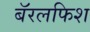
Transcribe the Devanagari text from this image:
बॅरलफिश